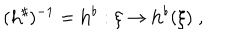
LaTeX: ( { \bf h } ^ { \sharp } ) ^ { - 1 } = { \bf h } ^ { \flat } : \xi \rightarrow { \bf h } ^ { \flat } ( \xi ) \; ,